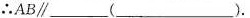
∴AB\parallel_____(_____)。